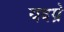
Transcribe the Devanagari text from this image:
यदग्रे